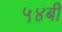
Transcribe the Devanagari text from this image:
५४बी